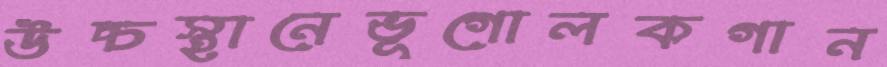
উচ্চস্থানেভূগোলকগান